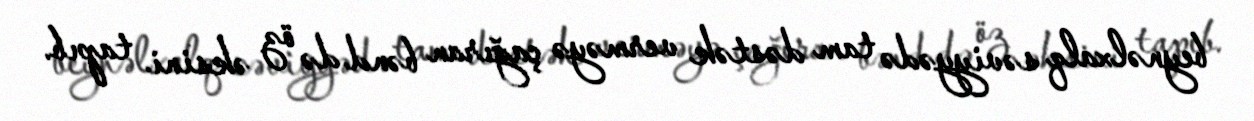
beynəlxalq səviyyədə tam dəstək verməyə çağıran bənd də öz əksini tapıb.